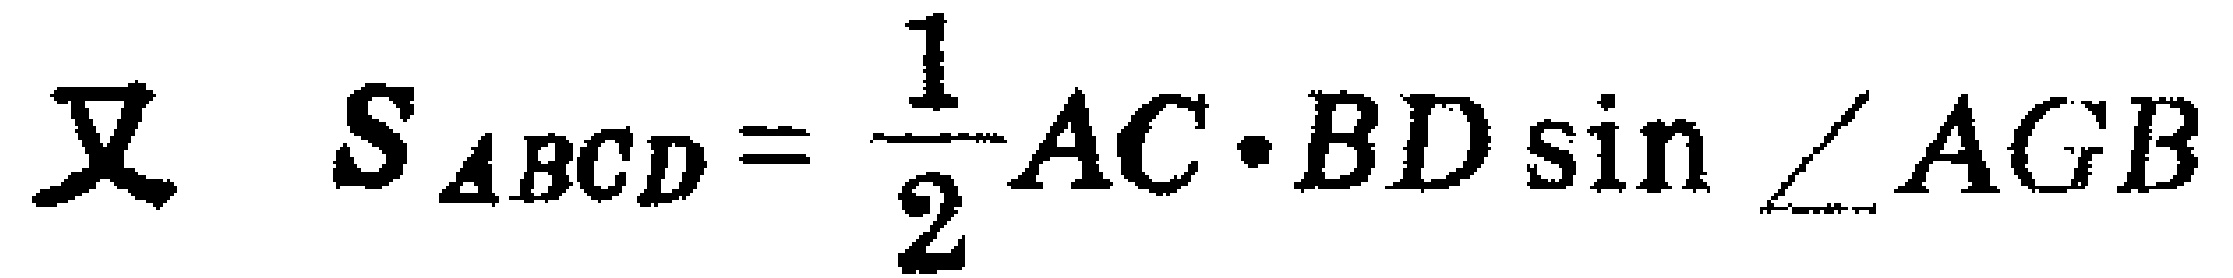
又 \(S_{ABCD}=\frac{1}{2}AC\cdot BD\sin\angle AGB\)